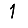
Digit: 1